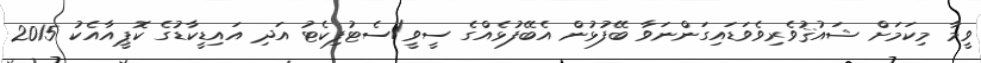
ވީމާ މިކަމަށް ޝައުޤުވެރިވެވަޑައިގަންނަވާ ބޭފުޅުން އެބޭފުޅެއްގެ ސީވީ/ސެޓުފިކެޓު އަދި އައިޑީކާޑުގެ ކޮޕީއާއެކު 2015